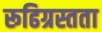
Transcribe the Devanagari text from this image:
रूढिग्रस्तता